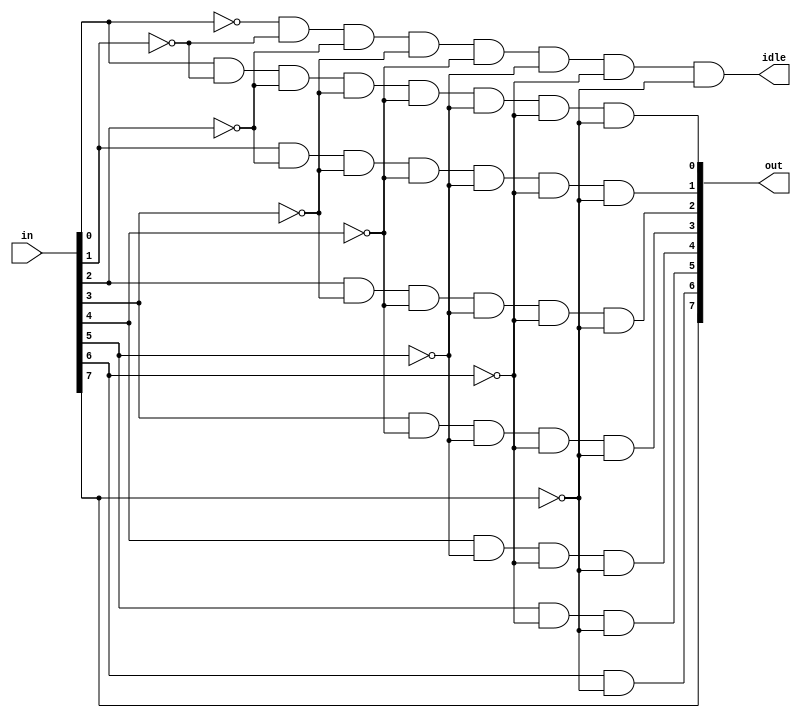
/***********************************************************************
Description: Circuit to give priority among 8 inputs
************************************************************************/

module priority_8bit(
	input	[7:0]	in,
	output	[7:0]	out,
	output			idle
);

	assign idle	= 	~in[0] & ~in[1] & ~in[2] & ~in[3] & 
					~in[4] & ~in[5] & ~in[6] & ~in[7];
					

	assign out[0] = in[0] & ~in[1] & ~in[2] & ~in[3] & ~in[4] & ~in[5] & ~in[6] & ~in[7];
	assign out[1] = in[1] & ~in[2] & ~in[3] & ~in[4] & ~in[5] & ~in[6] & ~in[7];
	assign out[2] = in[2] & ~in[3] & ~in[4] & ~in[5] & ~in[6] & ~in[7];
	assign out[3] = in[3] & ~in[4] & ~in[5] & ~in[6] & ~in[7];
	assign out[4] = in[4] & ~in[5] & ~in[6] & ~in[7];
	assign out[5] = in[5] & ~in[6] & ~in[7];
	assign out[6] = in[6] & ~in[7];
	assign out[7] = in[7];

endmodule